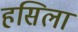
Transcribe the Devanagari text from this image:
हसिला